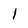
Character: 1